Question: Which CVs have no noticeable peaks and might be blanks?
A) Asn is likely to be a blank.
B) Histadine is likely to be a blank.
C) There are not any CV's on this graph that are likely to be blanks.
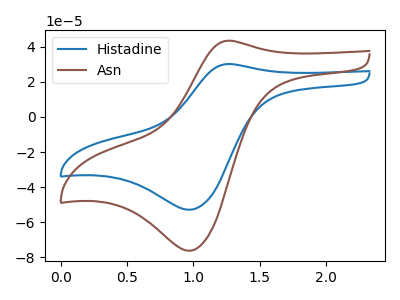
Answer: <think>The blue curve "Histadine" has an anodic peak at (1.25V, 30.05uA) and a cathodic peak at (0.95V, -52.85uA). The brown curve "Asn" has an anodic peak at (1.25V, 43.35uA) and a cathodic peak at (0.95V, -76.20uA).</think>
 <answer>C) There are not any CV's on this graph that are likely to be blanks.</answer>
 <eval>C</eval>